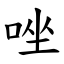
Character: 唑